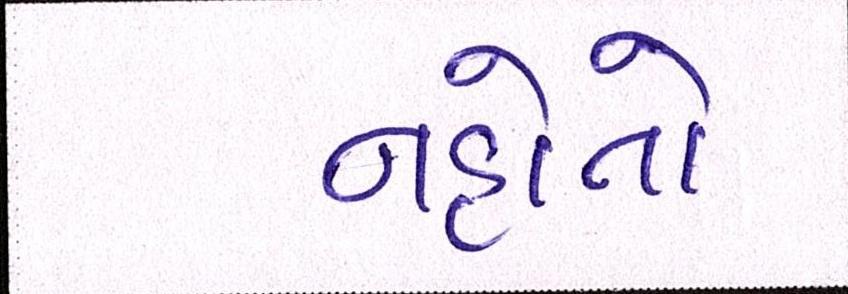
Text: નહોતો